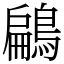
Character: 鶣